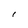
Character: l